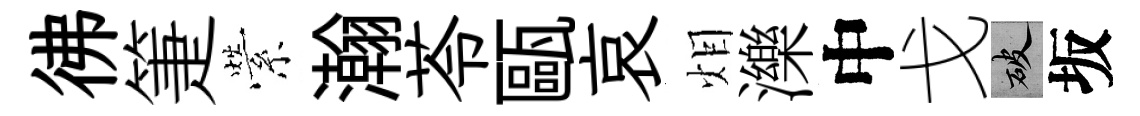
彿箑縈瀚苓甌哀𤇆濼中戈破坂